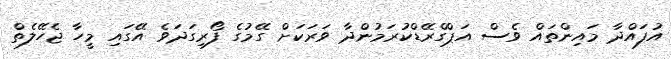
އުފައްދާ މައިންތައް ވެސް އަޕްގްރޭޑްކުރަމުންދާ ވަރަކަށް ގޭމުގެ ފޯރިގަދަވެ އޭގައި މީހާ ޖެހޭލެތް